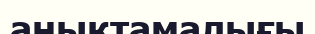
анықтамалығы